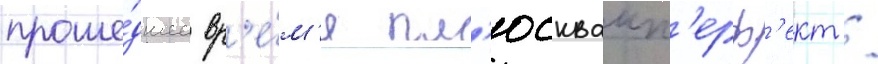
проше́дшее вр'е́м'я пл'юсквамп'ерф'ект /